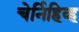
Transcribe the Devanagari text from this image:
चेर्निहिव्ह